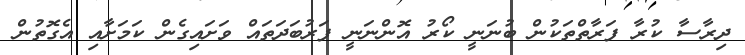
ދިރާސާ ކުރާ ފަރާތްތަކުން ބުނަނީ ކޯރު އޮންނަނީ ފަރުބަދަތައް ވަށައިގެން ކަމަށާއި އެގޮތުން